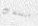
متعلقات